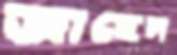
জাহেল